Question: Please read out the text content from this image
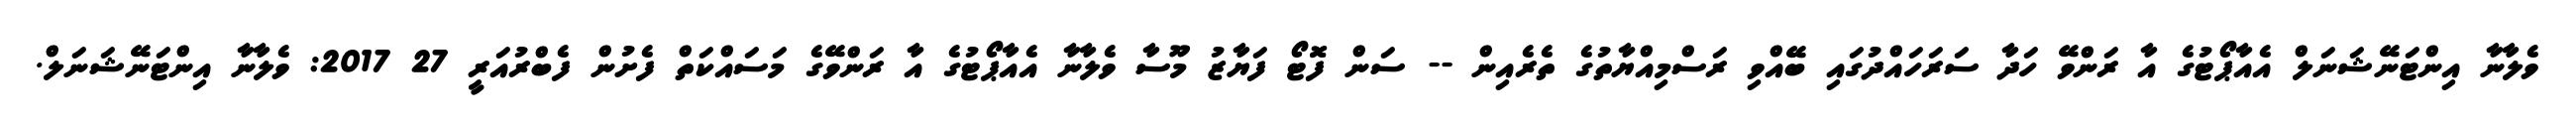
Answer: ވެލާނާ އިންޓަނޭޝަނަލް އެއާޕޯޓުގެ އާ ރަންވޭ ހަދާ ސަރަހައްދުގައި ބޭއްވި ރަސްމިއްޔާތުގެ ތެރެއިން -- ސަން ފޮޓޯ ފަޔާޒު މޫސާ ވެލާނާ އެއާޕޯޓުގެ އާ ރަންވޭގެ މަސައްކަތް ފެށުން ފެބްރުއަރީ 27 2017: ވެލާނާ އިންޓަނޭޝަނަލް.